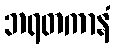
ဘရတကာနံ